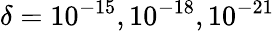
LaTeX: \delta=10^{-15},10^{-18},10^{-21}